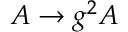
A \to g ^ { 2 } A